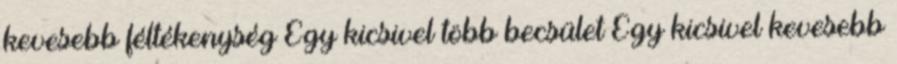
kevesebb féltékenység Egy kicsivel több becsület Egy kicsivel kevesebb